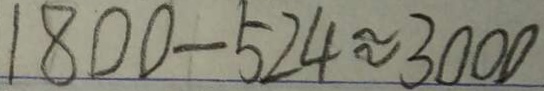
1 8 0 0 - 5 2 4 \approx 3 0 0 0